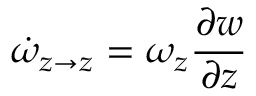
\dot { \omega } _ { z \rightarrow z } = \omega _ { z } \frac { \partial w } { \partial z }